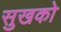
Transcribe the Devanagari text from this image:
सुखको